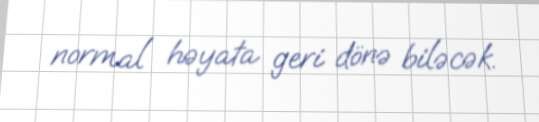
normal həyata geri dönə biləcək.